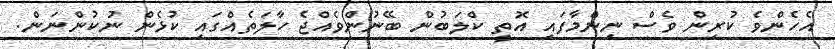
އެހެންވެ ކުރިން ވެސް ނިންމާފައި އޮތީ ކްލަބުން ބޭނުންވެއްޖެ ހާލަތެއްގައި ކުޅެން ނުކުންނަން.